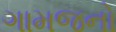
ગામજનો